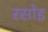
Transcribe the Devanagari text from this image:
रसोइ